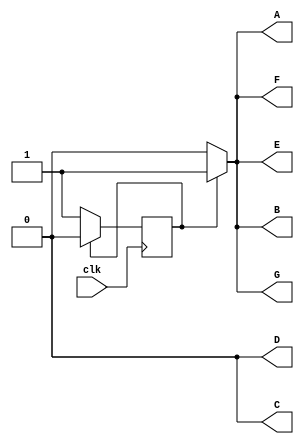
module characterP(
    output A, B, C, D, E, F, G,
input clk

);

reg A, B, C, D, E, F, G;
reg current, next;

parameter display=1;
parameter none=0;

always @(clk)
begin 
if(current==display)
begin
  A=1;
  B=1;
  C=0;
  D=0;
  E=1;
  F=1;
  G=1;
next=none;
end
else
begin
  A=0;
  B=0;
  C=0;
  D=0;
  E=0;
  F=0;
  G=0;
next=display;
end
 end

always @(posedge clk)
begin
  current<=next;
end
endmodule